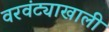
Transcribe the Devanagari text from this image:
वरवंट्याखाली